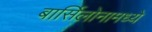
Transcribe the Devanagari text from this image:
बार्सिलोनामध्ये